Report of an investigation into the causes of the diseases known in Assam as Kála-Azár and Beri-Beri
Disease focus: Beri-Beri
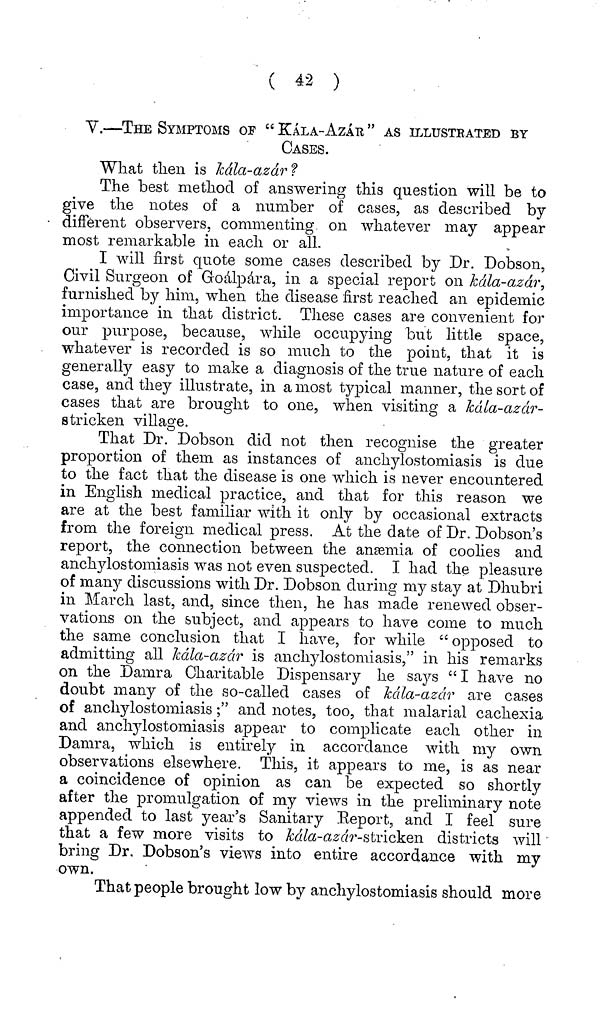
( 42 )
V.—THE SYMPTOMS OF " KÁLA-AZÁR " AS ILLUSTRATED BY
CASES.
What then is kála-azár ?
The best method of answering this question will be to
give the notes of a number of cases, as described by
different observers, commenting on whatever may appear
most remarkable in each or all.
I will first quote some cases described by Dr. Dobson,
Civil Surgeon of Goálpára, in a special report on kála-azár,
furnished by him, when the disease first reached an epidemic
importance in that district. These cases are convenient for
our purpose, because, while occupying but little space,
whatever is recorded is so much to the point, that it is
generally easy to make a diagnosis of the true nature of each
case, and they illustrate, in a most typical manner, the sort of
cases that are brought to one, when visiting a kála-azár-
stricken village.
That Dr. Dobson did not then recognise the greater
proportion of them as instances of anchylostomiasis is due
to the fact that the disease is one which is never encountered
in English medical practice, and that for this reason we
are at the best familiar with it only by occasional extracts
from the foreign medical press. At the date of Dr. Dobson's
report, the connection between the anæmia of coolies and
anchylostomiasis was not even suspected. I had the pleasure
of many discussions with Dr. Dobson during my stay at Dhubri
in March last, and, since then, he has made renewed obser-
vations on the subject, and appears to have come to much
the same conclusion that I have, for while "opposed to
admitting all kála-azár is anchylostomiasis," in his remarks
on the Damra Charitable Dispensary he says "I have no
doubt many of the so-called cases of Μία-azar are cases
of anchylostomiasis;" and notes, too, that malarial cachexia
and anchylostomiasis appear to complicate each other in
Damra, which is entirely in accordance with my own
observations elsewhere. This, it appears to me, is as near
a coincidence of opinion as can be expected so shortly
after the promulgation of my views in the preliminary note
appended to last year's Sanitary Report, and I feel sure
that a few more visits to kála-azár-stricken districts will
bring Dr, Dobson's views into entire accordance with my
own.
That people brought low by anchylostomiasis should more